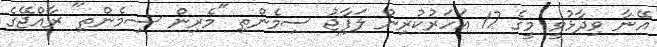
އޭނާ ވިދާޅުވީ މީގެ 17 އަހަރުކުރިން ލަފާޖު ސިމެންތި "މެރިން ސިމެންތި" ރާއްޖޭގެ